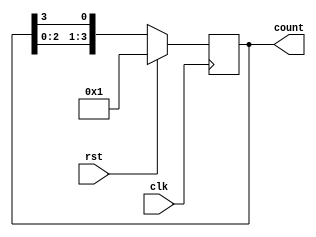
`timescale 1ns / 1ps

module Ring_counter(
input clk,rst,
output [3:0] count
    );
     reg [3:0]temp;
    always@(posedge clk)
    begin
    if(rst)begin
    temp<=4'b0001;
    end
    else begin
    temp <= {temp[2:0],temp[3]};
    end
    end
  assign count=temp;

    
endmodule